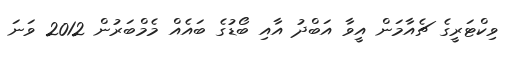
ވިކްޓަރީގެ ޗެއާމަން އީވާ އަބްދު އާއި ބޯޑުގެ ބައެއް މެމްބަރުން 2012 ވަނަ